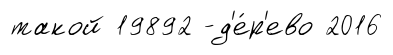
такой 19892 -д'е́р'ево 2016